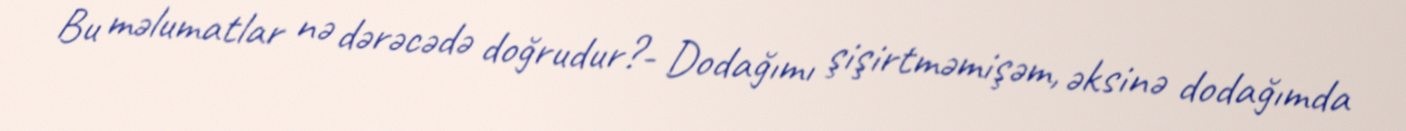
Bu məlumatlar nə dərəcədə doğrudur?- Dodağımı şişirtməmişəm, əksinə dodağımda